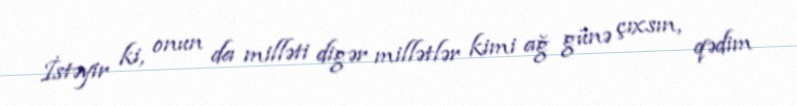
İstəyir ki, onun da milləti digər millətlər kimi ağ günə çıxsın, qədim